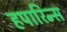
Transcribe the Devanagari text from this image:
हपारिन्स